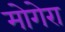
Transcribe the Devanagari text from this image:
मोगेरा